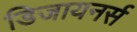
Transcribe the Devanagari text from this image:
डिजायनर्स